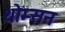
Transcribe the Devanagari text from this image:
थोम्सन